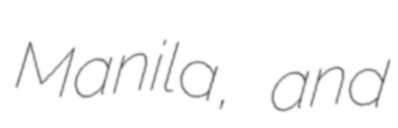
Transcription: Manila, and